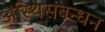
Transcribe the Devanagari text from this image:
अस्थिसंबन्धन